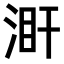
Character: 𣵼